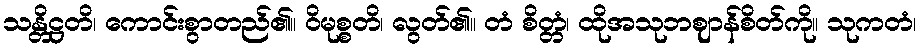
သန္တိဋ္ဌတိ၊ ကောင်းစွာတည်၏။ ဝိမုစ္စတိ၊ လွတ်၏။ တံ စိတ္တံ၊ ထိုအသုဘဈာန်စိတ်ကို။ သုကတံ၊